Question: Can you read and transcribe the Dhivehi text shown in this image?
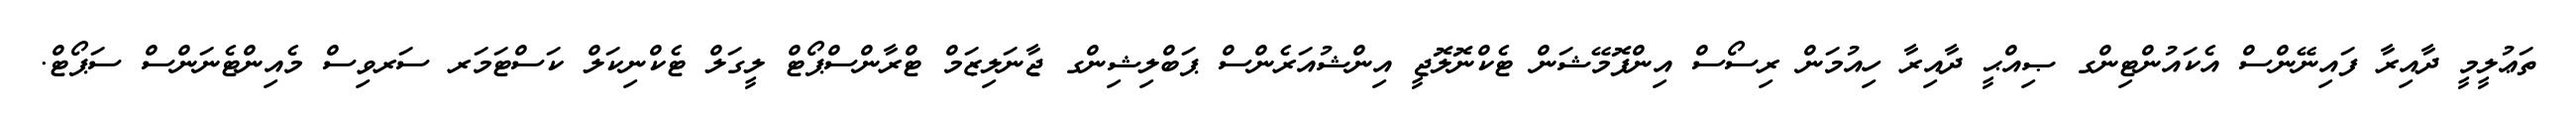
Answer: ތަޢުލީމީ ދާއިރާ ފައިނޭންސް އެކައުންޓިންގ ޞިއްޙީ ދާއިރާ ހިއުމަން ރިސޯސް އިންފޮމޭޝަން ޓެކްނޮލޮޖީ އިންޝުއަރެންސް ޕަބްލިޝިންގ ޖާނަލިޒަމް ޓްރާންސްޕޯޓް ލީގަލް ޓެކްނިކަލް ކަސްޓަމަރ ސަރވިސް މެއިންޓެނަންސް ސަޕޯޓް.